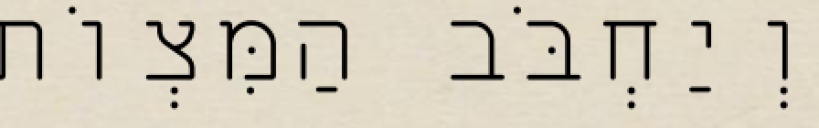
וְיַחְבֹּב הַמִּצְוֹת